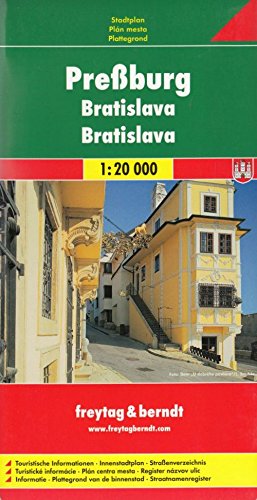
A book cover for Bratislava (City Map); Freytag-Berndt und Artaria; Travel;